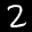
Label: 2